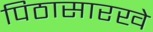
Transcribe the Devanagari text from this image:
पिठासारखे